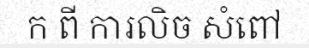
ក ពី ការលិច សំពៅ